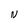
Character: N